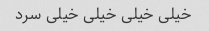
خیلی خیلی خیلی خیلی سرد